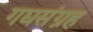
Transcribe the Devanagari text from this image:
गद्यसंग्रह